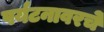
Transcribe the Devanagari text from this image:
पर्यटनावरचे